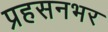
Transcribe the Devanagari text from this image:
प्रहसनभर